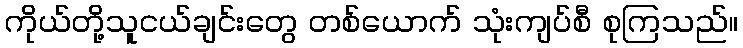
ကိုယ်တို့သူငယ်ချင်းတွေ တစ်ယောက် သုံးကျပ်စီ စုကြသည်။